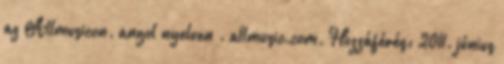
az Allmusicon. angol nyelven . allmusic.com. Hozzáférés: 2011. június